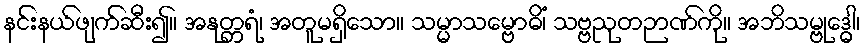
နင်းနယ်ဖျက်ဆီး၍။ အနုတ္တရံ၊ အတူမရှိသော။ သမ္မာသမ္ဗောဓိံ၊ သဗ္ဗညုတဉာဏ်ကို။ အဘိသမ္ဗုဒ္ဓေါ၊